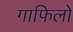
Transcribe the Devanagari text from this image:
गाफिलो